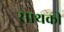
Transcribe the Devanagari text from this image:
साथकी